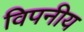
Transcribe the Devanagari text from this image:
विपनीय